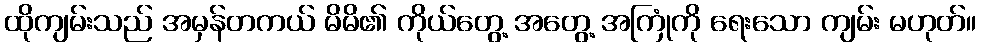
ထိုကျမ်းသည် အမှန်တကယ် မိမိ၏ ကိုယ်တွေ့ အတွေ့ အကြုံကို ရေးသော ကျမ်း မဟုတ်။